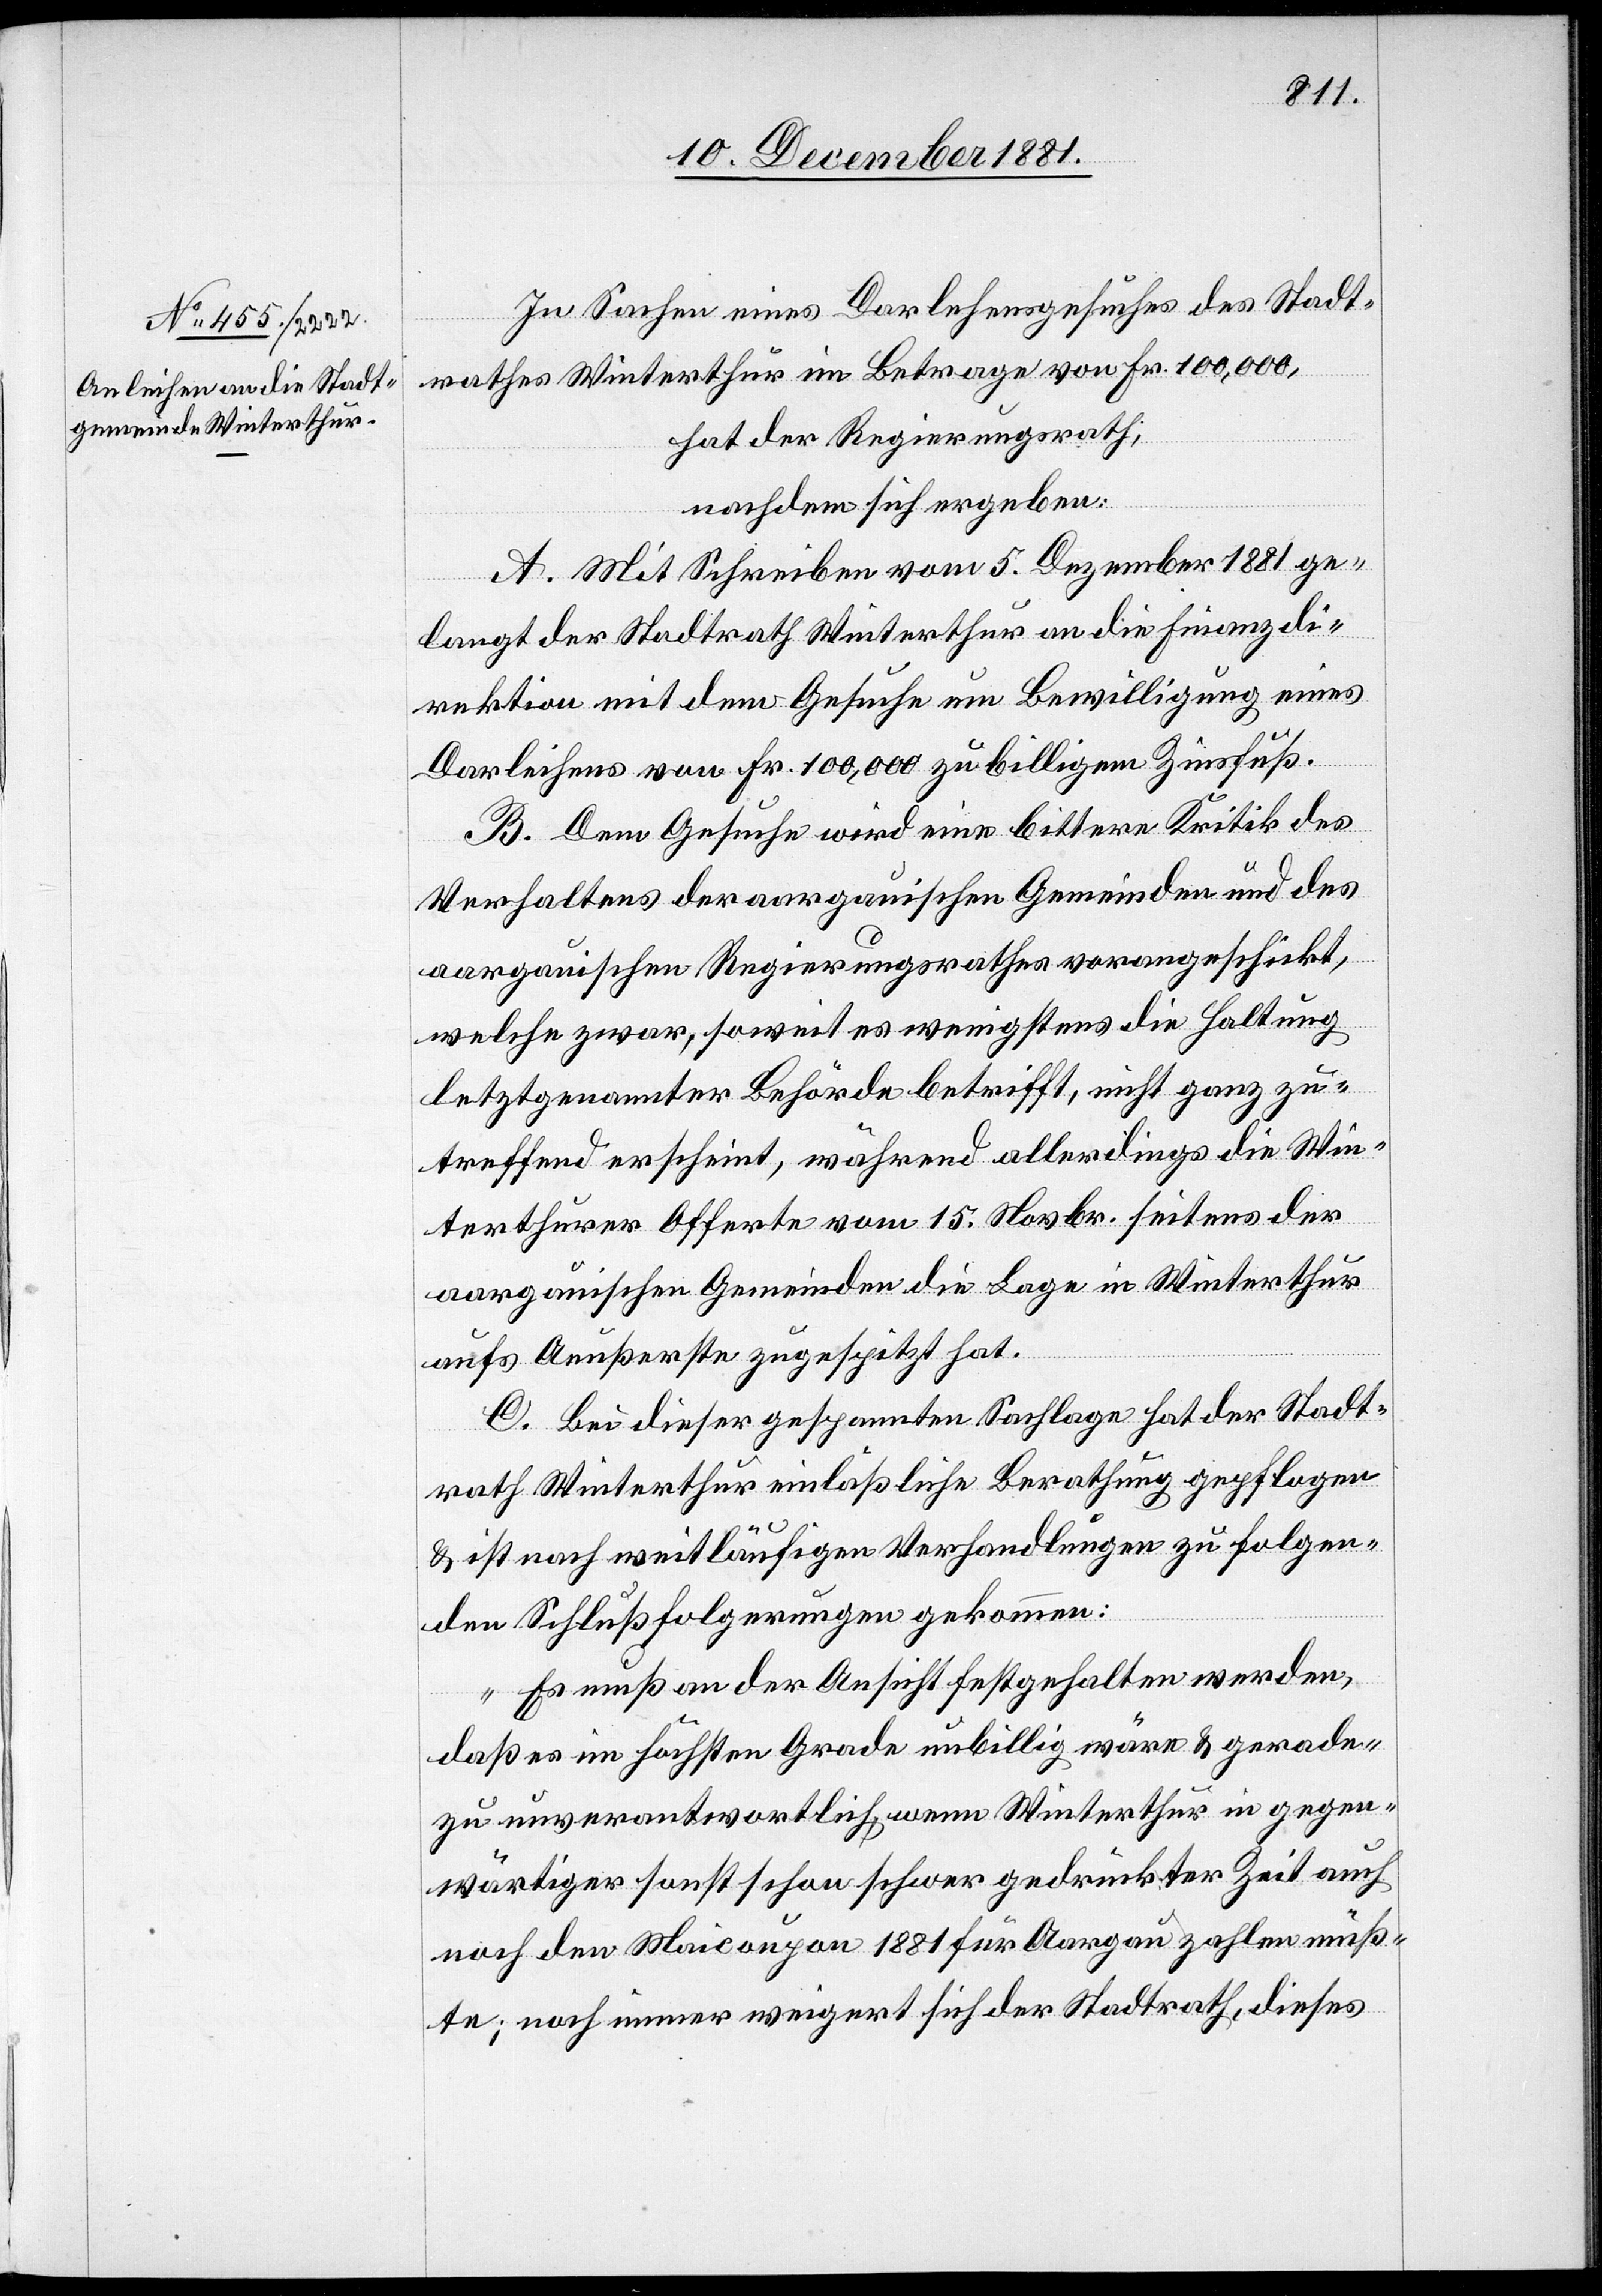
In Sachen eines Darlehensgesuches des Stadt¬
rathes Winterthur im Betrage von Fr. 100,000,
hat der Regierungsrath;
nachdem sich ergeben:
A. Mit Schreiben vom 5. Dezember 1881 ge¬
langt der Stadtrath Winterthur an die Finanzdi¬
rektion mit dem Gesuche um Bewilligung eines
Darleihens von Fr. 100,000 zu billigem Zinsfuß.
B. Dem Gesuche wird eine bittere Kritik des
Verhaltens der aargauischen Gemeinden und des
aargauischen Regierungsrathes vorangeschickt,
welche zwar, soweit es wenigstens die Haltung
letztgenannter Behörde betrifft, nicht ganz zu¬
treffend erscheint, während allerdings die Win¬
terthurer Offerte vom 15. Novbr. seitens der
aargauischen Gemeinden die Lage in Winterthur
aufs Aeußerste zugespitzt hat.
C. Bei dieser gespannten Sachlage hat der Stadt¬
rath Winterthur einläßliche Berathung gepflogen
& ist nach weitläufigen Verhandlungen zu folgen¬
den Schlußfolgerungen gekommen:
„Es muß an der Ansicht festgehalten werden,
daß es im höchsten Grade unbillig wäre & gerade¬
zu unverantwortlich, wenn Winterthur in gegen¬
wärtiger sonst schon schwer gedrückter Zeit auch
noch den Maicoupon 1881 für Aargau zahlen müß¬
te; noch immer weigert sich der Stadtrath, dieses